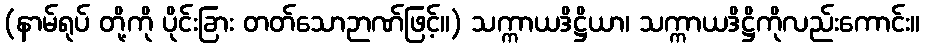
(နာမ်ရုပ် တို့ကို ပိုင်းခြား တတ်သောဉာဏ်ဖြင့်။) သက္ကာယဒိဋ္ဌိယာ၊ သက္ကာယဒိဋ္ဌိကိုလည်းကောင်း။